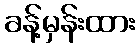
ခန့်မှန်းထား